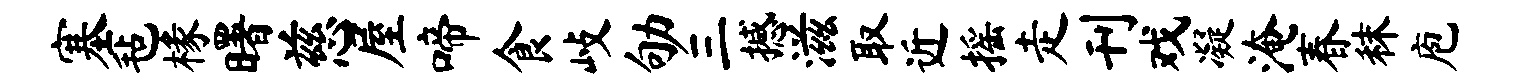
塞毡椽曙慈屋啼食歧劬三撼滋取近摇走刊戏凝淹春秣庖